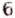
6